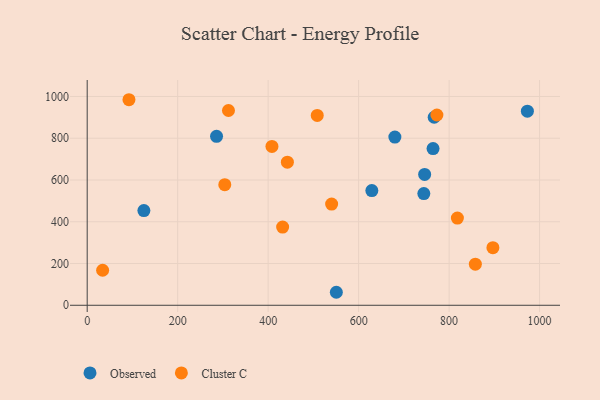
{"axis": {"x": "Study Hours", "y": "Exam Score"}, "legend": ["Cluster C", "Observed"], "data": [{"x": "744.1", "y": 534.8, "type": "Observed"}, {"x": "550.7", "y": 62.3, "type": "Observed"}, {"x": "973.0", "y": 929.4, "type": "Observed"}, {"x": "629.2", "y": 549.2, "type": "Observed"}, {"x": "764.5", "y": 750.7, "type": "Observed"}, {"x": "680.1", "y": 805.3, "type": "Observed"}, {"x": "285.9", "y": 809.1, "type": "Observed"}, {"x": "125.3", "y": 453.5, "type": "Observed"}, {"x": "767.0", "y": 900.5, "type": "Observed"}, {"x": "745.9", "y": 626.6, "type": "Observed"}, {"x": "773.0", "y": 911.2, "type": "Cluster C"}, {"x": "34.1", "y": 167.7, "type": "Cluster C"}, {"x": "408.4", "y": 760.7, "type": "Cluster C"}, {"x": "442.5", "y": 685.4, "type": "Cluster C"}, {"x": "896.8", "y": 275.7, "type": "Cluster C"}, {"x": "312.3", "y": 932.9, "type": "Cluster C"}, {"x": "92.3", "y": 984.4, "type": "Cluster C"}, {"x": "432.0", "y": 374.3, "type": "Cluster C"}, {"x": "858.0", "y": 196.8, "type": "Cluster C"}, {"x": "304.1", "y": 577.8, "type": "Cluster C"}, {"x": "508.5", "y": 909.1, "type": "Cluster C"}, {"x": "818.3", "y": 417.6, "type": "Cluster C"}, {"x": "540.3", "y": 484.7, "type": "Cluster C"}]}